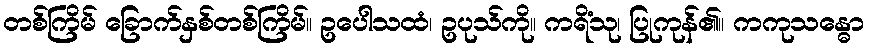
တစ်ကြိမ် ခြောက်နှစ်တစ်ကြိမ်။ ဥပေါသထံ၊ ဥပုသ်ကို။ ကရိံသု၊ ပြုကုန်၏။ ကကုသန္ဓော